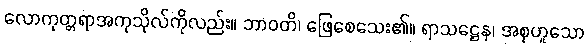
လောကုတ္တရာအကုသိုလ်ကိုလည်း။ ဘာဝတိ၊ ဖြေစေသေး၏။ ရာသဋ္ဌေန၊ အစုဟူသော